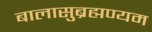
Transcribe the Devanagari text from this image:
बालासुब्रह्मण्यम